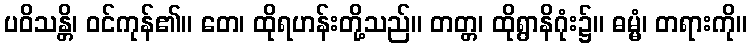
ပဝိသန္တိ၊ ဝင်ကုန်၏။ တေ၊ ထိုရဟန်းတို့သည်။ တတ္တ၊ ထိုရွာနိဂုံး၌။ ဓမ္မံ၊ တရားကို။